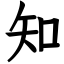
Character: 知